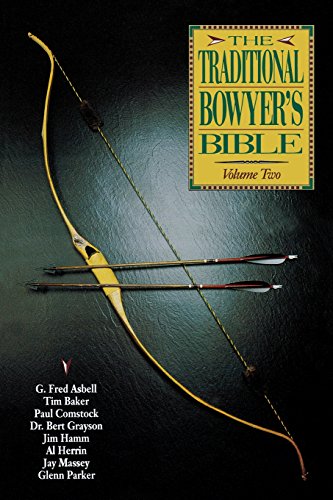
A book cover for The Traditional Bowyer's Bible, Volume 2; Sports & Outdoors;